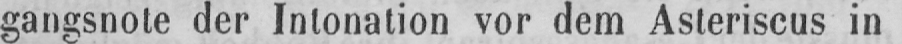
gangsnote der Intonation vor dem Asteriscus in